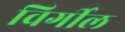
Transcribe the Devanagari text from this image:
विर्गील